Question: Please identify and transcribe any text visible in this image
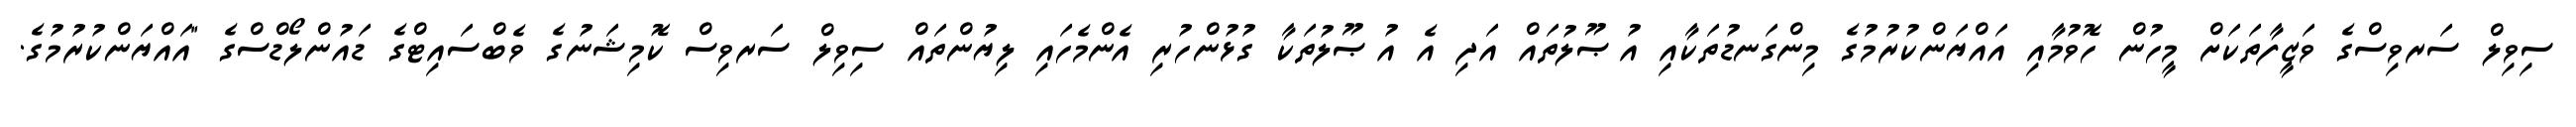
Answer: ސިވިލް ސަރވިސްގެ ވަޒީފާތަކަށް މީހުން ހޮވުމާއި އައްޔަންކުރުމުގެ މިންގަނޑުތަކާއި އުޞޫލުތައް އަދި އެ އުޞޫލުތަކާ ގުޅުންހުރި އެންމެހައި ލިޔުންތައް ސިވިލް ސަރވިސް ކޮމިޝަނުގެ ވެބްސައިޓްގެ ޑައުންލޯޑްސްގެ "އައްޔަންކުރުމުގެ.